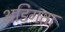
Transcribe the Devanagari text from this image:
अडिगता